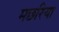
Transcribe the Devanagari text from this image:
मछरिया